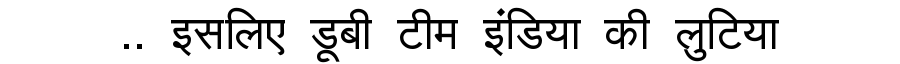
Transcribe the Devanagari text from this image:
.. इसलिए डूबी टीम इंडिया की लुटिया